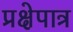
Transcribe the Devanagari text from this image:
प्रक्षेपात्र